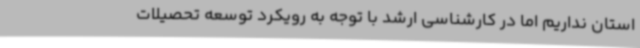
استان نداریم اما در کارشناسی ارشد با توجه به رویکرد توسعه تحصیلات